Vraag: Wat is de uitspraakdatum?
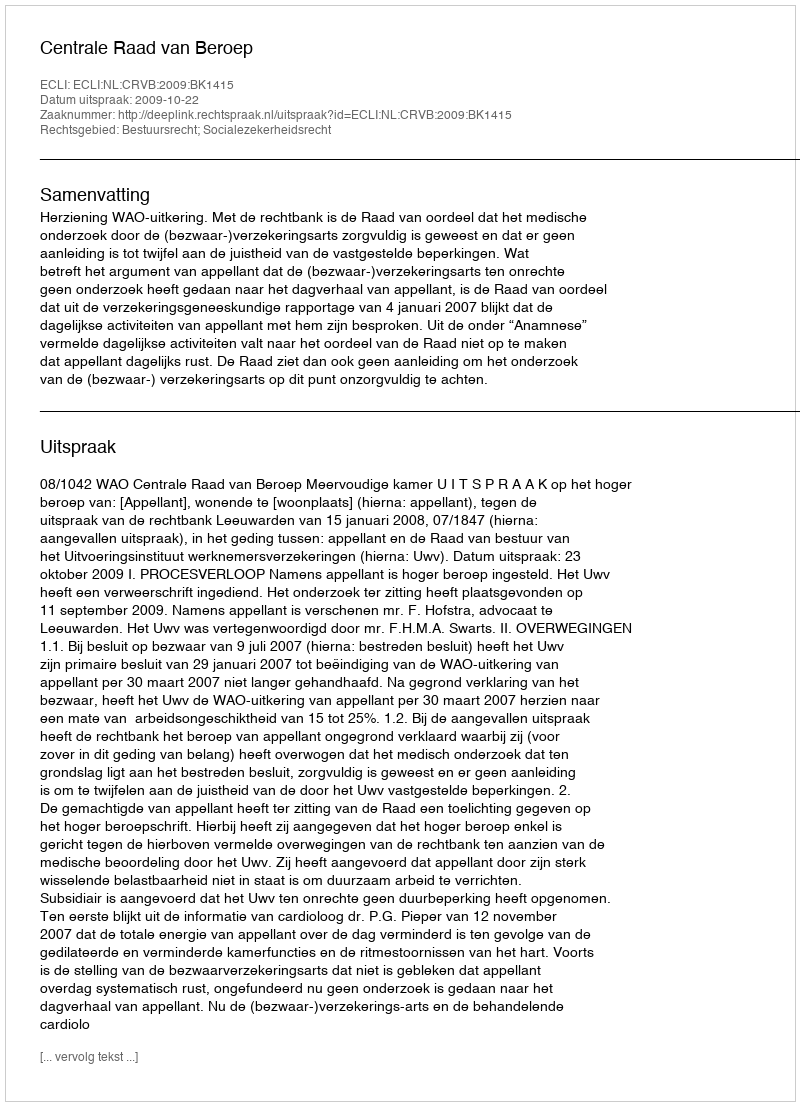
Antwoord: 2009-10-22